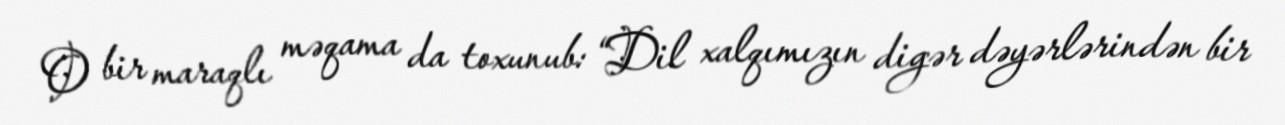
O bir maraqlı məqama da toxunub: “Dil xalqımızın digər dəyərlərindən bir